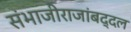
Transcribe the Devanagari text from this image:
संभाजीराजांबद्दल